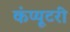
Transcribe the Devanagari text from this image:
कंप्यूटरी